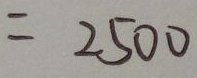
= 2 5 0 0